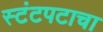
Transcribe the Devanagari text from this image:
स्टंटपटाचा